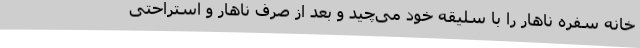
خانه سفره ناهار را با سلیقه خود می‌چید و بعد از صرف ناهار و استراحتی